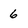
Character: 6